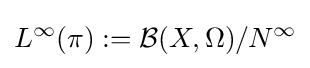
L^{\infty }(\pi ):={\mathcal {B}}(X,\Omega )/N^{\infty }